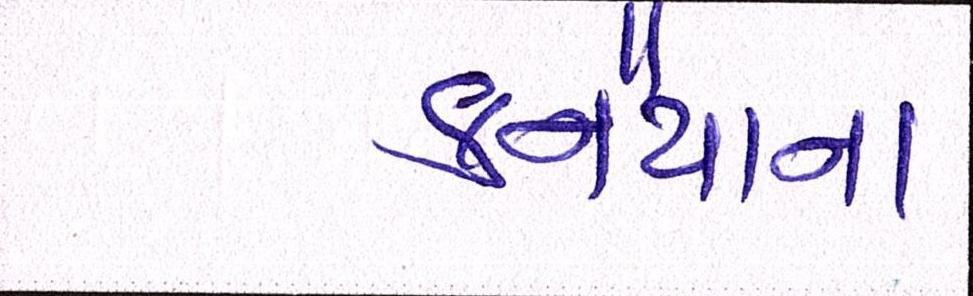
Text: કનૈયાના